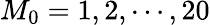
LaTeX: M_{0}=1,2,\cdots,20